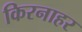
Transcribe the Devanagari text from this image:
किरनाहर